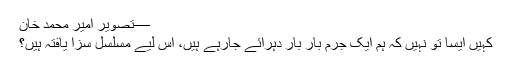
—تصویر امیر محمد خان
کہیں ایسا تو نہیں کہ ہم ایک جرم بار بار دہرائے جارہے ہیں، اس لیے مسلسل سزا یافتہ ہیں؟